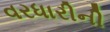
વરધારીની